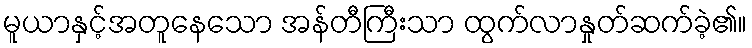
မူယာနှင့်အတူနေသော အန်တီကြီးသာ ထွက်လာနှုတ်ဆက်ခဲ့၏။